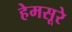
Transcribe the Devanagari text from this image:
हेमसूरे